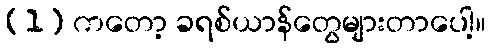
(1) ကတော့ ခရစ်ယာန်တွေများတာပေါ့။